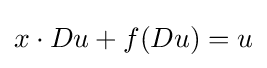
x\cdot Du+f(Du)=u